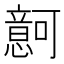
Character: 𰒚